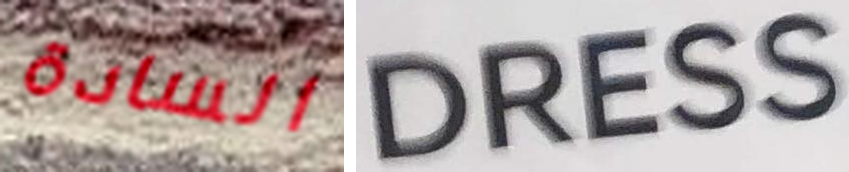
السادة DRESS